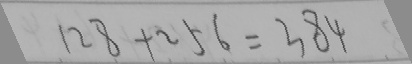
1 2 8 + 2 5 6 = 3 8 4